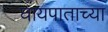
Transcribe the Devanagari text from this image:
घायपाताच्या